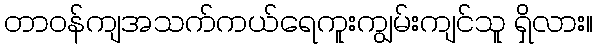
တာဝန်ကျအသက်ကယ်ရေကူးကျွမ်းကျင်သူ ရှိလား။